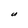
Character: U